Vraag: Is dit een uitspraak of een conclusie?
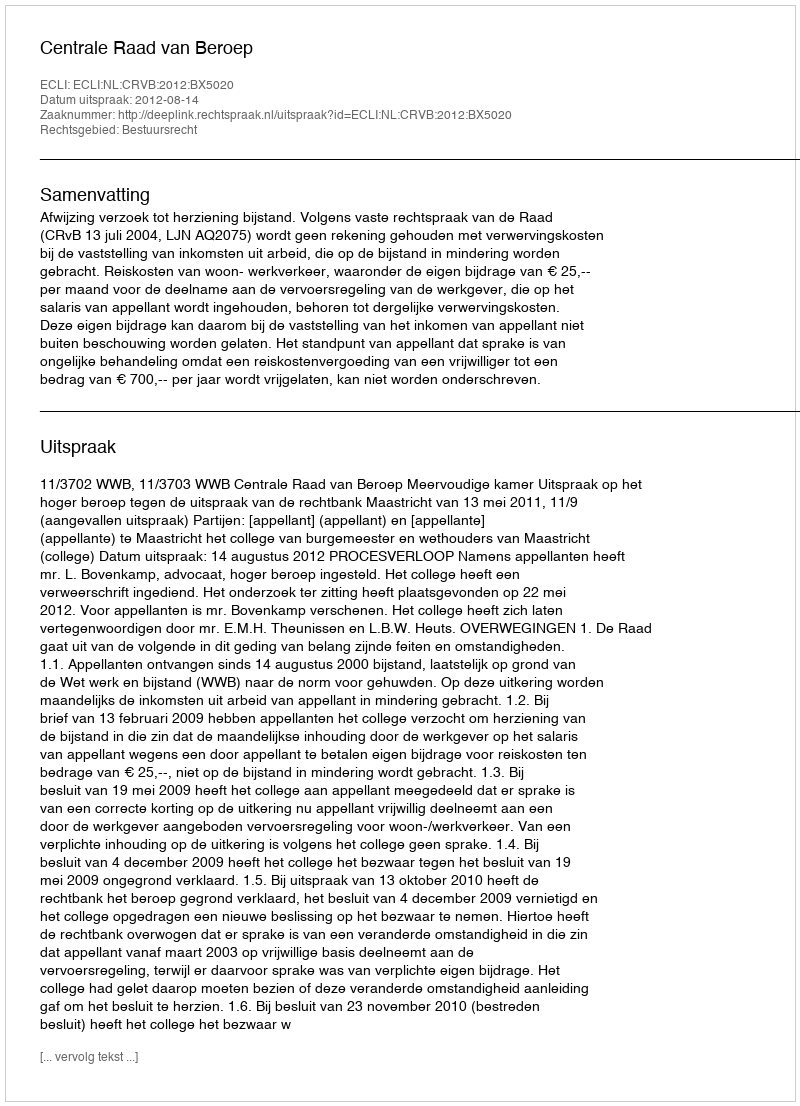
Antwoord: Uitspraak